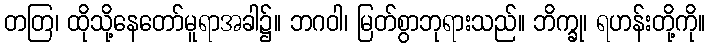
တတြ၊ ထိုသို့နေတော်မူရာအခါ၌။ ဘဂဝါ၊ မြတ်စွာဘုရားသည်။ ဘိက္ခု၊ ရဟန်းတို့ကို။